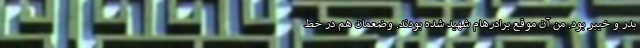
بدر و خیبر بود. من آن موقع برادرهام شهید شده بودند. وضعمان هم در خط